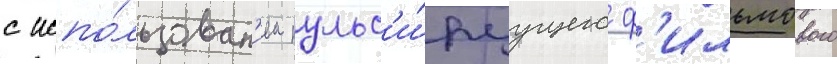
с испо́льзован'ием пульс'и́руущего ф'ильмового